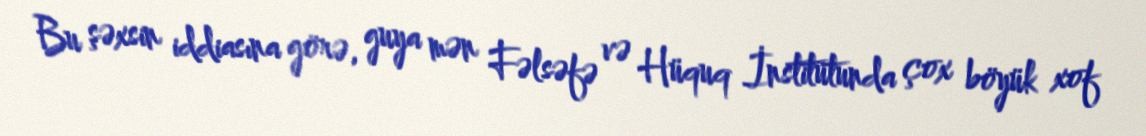
Bu şəxsin iddiasına görə, guya mən Fəlsəfə və Hüquq İnstitutunda çox böyük xof